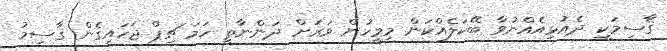
ޤާސިމަކީ ދެއުޅިއެއްނުވާ ބޭކަލެއްކަން މިމީހުން ވަރަށް ދަންނާތީ ހަމަ ޗިޕް ޖަހައިގެން ޤާސިމު